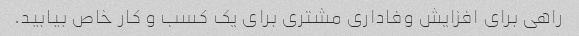
راهی برای افزایش وفاداری مشتری برای یک کسب و کار خاص بیابید.